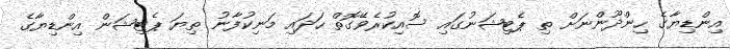
އިންޑިޔާގެ ހިންދޫންނަށް ތި ޕެޓިޝަނުގައި ސޮއިކުރެވޭގޮތް ހަދައި މަނިކުފާނު ތިޔަ ޕެޓިޝަން އިންޑިޔާގެ